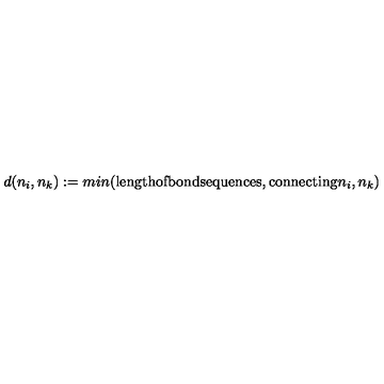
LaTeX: d ( n _ { i } , n _ { k } ) : = m i n ( \mathrm { l e n g t h o f b o n d s e q u e n c e s , c o n n e c t i n g } n _ { i } , n _ { k } )